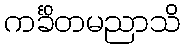
ကင်္ခိတမညာသိ